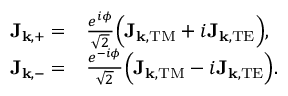
\begin{array} { r l } { \mathbf { J } _ { \mathbf { k } , + } = } & { \frac { e ^ { i \phi } } { \sqrt { 2 } } \Big ( \mathbf { J } _ { \mathbf { k } , \mathrm { T M } } + i \mathbf { J } _ { \mathbf { k } , \mathrm { T E } } \Big ) , } \\ { \mathbf { J } _ { \mathbf { k } , - } = } & { \frac { e ^ { - i \phi } } { \sqrt { 2 } } \Big ( \mathbf { J } _ { \mathbf { k } , \mathrm { T M } } - i \mathbf { J } _ { \mathbf { k } , \mathrm { T E } } \Big ) . } \end{array}